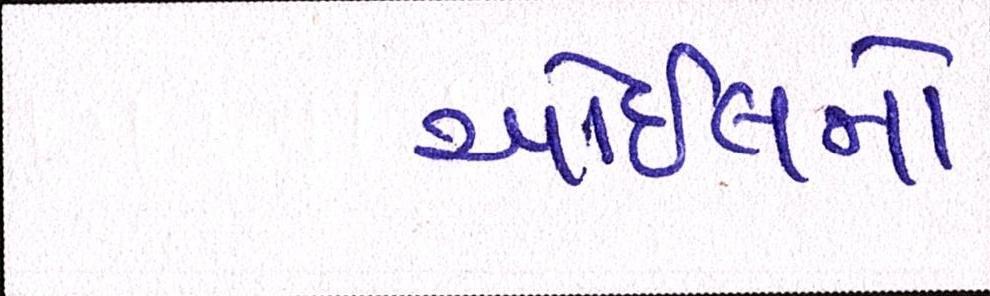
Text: ઓઇલનો